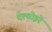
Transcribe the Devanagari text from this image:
देल्वोइरे